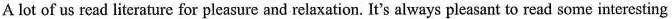
A lot of us read literature for pleasure and relaxation. It's always pleasant to read some interesting